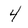
Character: 4